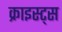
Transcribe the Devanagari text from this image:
क्राइस्ट्स